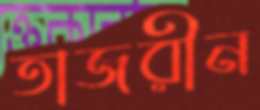
তাজরীন